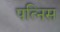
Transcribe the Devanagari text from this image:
पत्निस